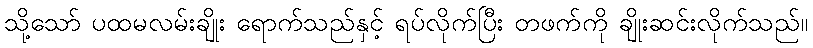
သို့သော် ပထမလမ်းချိုး ရောက်သည်နှင့် ရပ်လိုက်ပြီး တဖက်ကို ချိုးဆင်းလိုက်သည်။